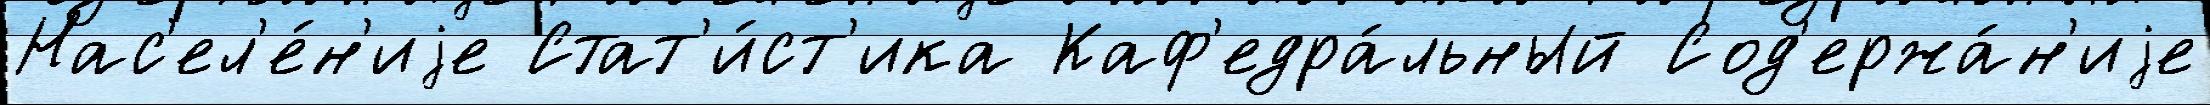
Нас'ел'е́н'иjе Стат'и́ст'ика Каф'едра́льный Сод'ержа́н'иjе